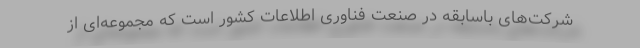
شرکت‌های باسابقه در صنعت فناوری اطلاعات کشور است که مجموعه‌ای از